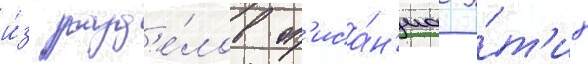
и́з разд'е́лов оп'иса́н'иа э́т'их